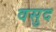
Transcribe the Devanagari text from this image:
वसुद